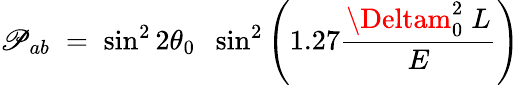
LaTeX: {\cal\mathscr{P}}_{ab}\; =\; \sin^{2}2\theta_{0}\; \; \sin^{2}\left(1.27{\frac{{\Deltam_{0}^{2}\; L}}{{E}}}\right)